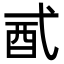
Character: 𨟲